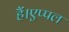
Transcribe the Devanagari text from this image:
हैं।एप्पल